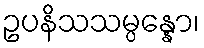
ဥပနိသသမ္ပန္နော၊